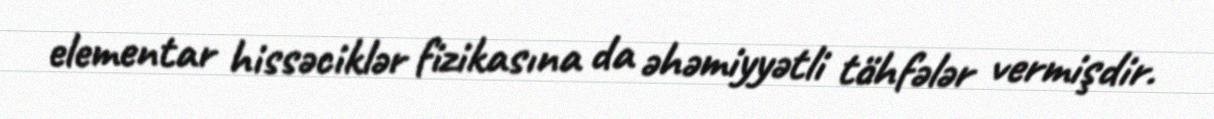
elementar hissəciklər fizikasına da əhəmiyyətli töhfələr vermişdir.